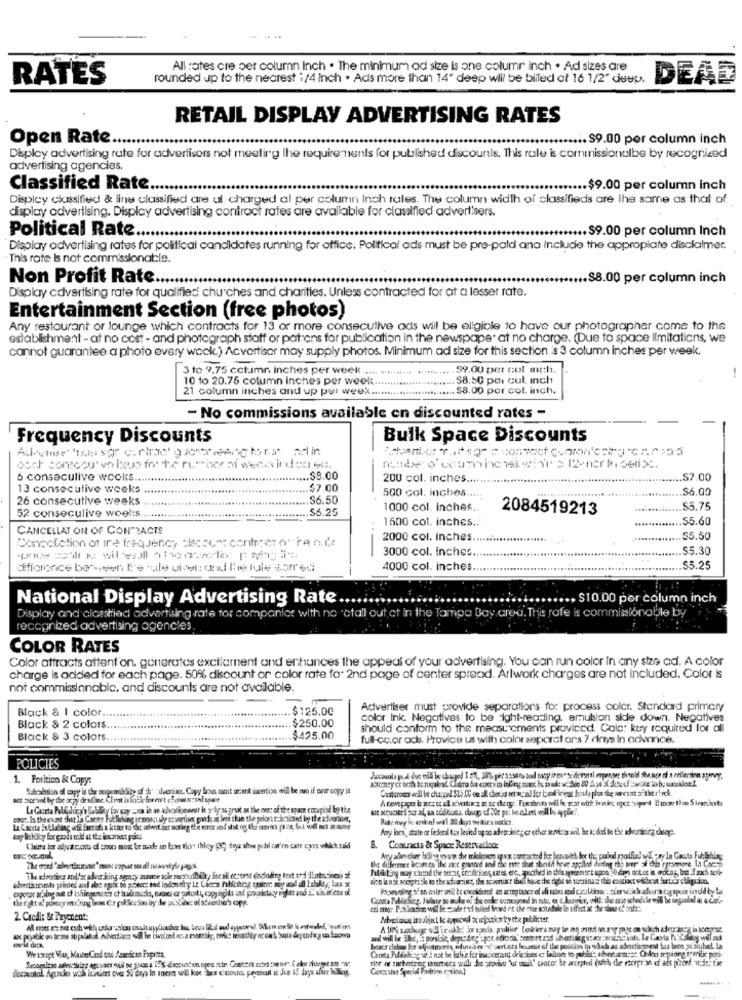
---
All rates cre per column Inch . The minimum ad size is one columr inch . Ad sizes are
RATES
rounded up to the nearest 1/4 inch . Ads more than 14" deep will be billed at 16 1/2" duup.
DEAD
RETAIL DISPLAY ADVERTISING RATES
Open Rate ...
...... $9.00 per column inch
Display advertising rate for advertisers not meeting lhe requirements for published discounts. This rale is commissionalbe by recognized
advertising agencies.
Classified Rate.
..... $9.00 per column inch
Display classified & line classified are ul, charged al per column Inch tales. The column width of classifieds are the same as that of
display advertising. Display advertising contract rates are available for classified advertisers.
Political Rate.
..... $9.00 per column Inch
Display advertising rates for political candidates running for office. Political ads must be pre-paid ana include the approplate disclaimer.
This rate Is not commissionable.
Non Profit Rate ..
.$8.00 per column inch
Display advertising rate for qualified churches and charities. Unless contracted for at a lesser rate.
Entertainment Section (free photos)
Any restaurant or lounge which contracts for 13 or more consecutive ads will be eligible to have our photographer come to the
establishment - at no cost - and photograph staff or patrons for publication in the newspaper at no charge. (Due to space limitations, we
cannot guarantee a photo every waok.) Acvortisar may supply photos. Minimum ad size for this section is 3 column inches per week.
3 to 9,75 column inches per week ..... ..........
59.00 per cut malı.
10 to 20.75 column inches per week
$8.50 pai cul. inch
21 column inches and up per week ...........
.$8.00 por col. inch.
- No commissions available en discounted rates -
Frequency Discounts
Bulk Space Discounts
romibe' o' coum inches win'r $ 12-ner In delibc.
6 consecutive wooks ......
.$9.00
200 col. inches .......
.$7.00
13 consecutive weeks
$7.00
$6.00
26 consecutive weeks
.$6.50
500 col. inches .....
$6.25
1000 col. inches ..
2084519213
$5.75
52 conseculive woel:s ..
.........
1500 col. inches ..
55.60
CANCELLAT ON OF CONTRACTS
Cancellation of ire frequency ckcount contracto".ten.it
2000 col. Inches ......................
$5.50
3000 col. Inches.
$5.30
difforonce berween Ie tule ulver: and the rule somred
4000 col. inches
$5.25
National Display Advertising Rate
.. $10.00 por column inch
Display and classtriad advertising rate for companlor with no "ctall out ct in the Tampa Bay area. This rafe is commissionoble by
recognized advertising agencies
COLOR RATES
Color attracts attent on. gonerates excllament and enhances the appeal of your advertising. You can run color In any size ad. A color
charge is added for each page. 50% discount or color rate for 2nd page of center spread. Arlwork charges are not included. Color is
not commisslanablo, and discounts are not available.
Black & 1 color ....
$125.00
Advertiser must provide separations for process colcr. Standard primary
color ink. Negatives to be ight-reading, emulsion side down. Negatives
Black & 2 colors.
.$250.00
should conform to the measurements provided. Cole: key required for all
Black & 3 colors ..
.$425.00
full-coor ods. Provice us with color separat ors 7 days In advance.
POLICIES
.Porition & Copy.
-
Sabobilan of copy is the serpsmibility of -bulvarincr. Copy Som moit orsend insertion will be man if seur copy is
Custcroos wil be charged $15 CC on all chess vet accad for leal irigas fondy plus the percent of the rtech.
act zovat by the achy deadline. Client is basic fee east chonel ssond spare
Anty ler, state or federal tax levitd upon adet ising er ethor servicos will be a: dad to the schwertkrieg chuqr.
asy labdky for goods sold at the incaouest puice
Claims to adjust conts of emos must be made up loet flot ilcy (30 days shows pohl ran'en čat cons which sald
B. Contracts & Space Reservation:
the differmet acconto the net granted and the rite that should have applied funding the tour of this rarement LA Chceme
Czosa Public Sice, Fullare to make of the oule oggend in nte, a c.kuraic, will: de mig schedule will be segundo! al a cole-
2. Credit & Payment:
Abrething is subject le a, picvol ou miocticn ty the poluir ter.
We xxapt Waa, MaiteCod tu /areicin Frpists.
Caorta Pulfishing uit'I nat be babie for inacceraent deiezines e: balines to golaise, ofertasemsat. Odont requiring sterile poti-
baser clalow for adjustments ofuse er -sert'ats boute of the position in which an advertisement bus beon 26 auchet. La
ther of sunbathing utentees wull he provho "ur ult' carac te accepted (with the etcepr'an of ads pheed ade Lie
Canczater Special Position ention!